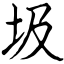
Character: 圾